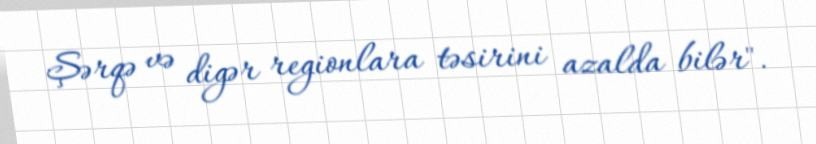
Şərqə və digər regionlara təsirini azalda bilər".